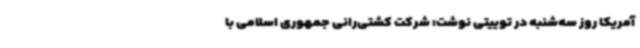
آمریکا روز سه‌شنبه در توییتی نوشت: شرکت کشتی‌رانی جمهوری‌ اسلامی با